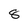
Character: 8